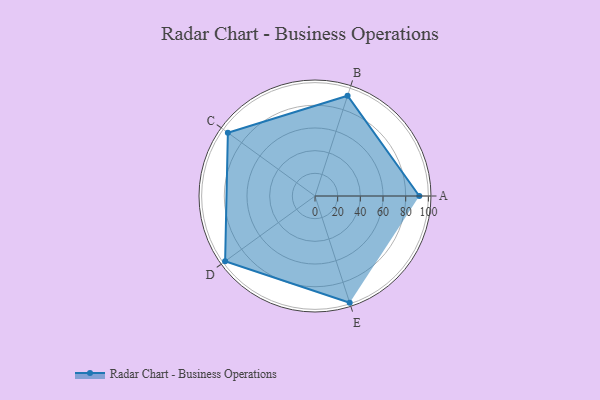
{"axis": {"x": "Skill", "y": "Score"}, "legend": ["Profile"], "data": [{"x": "A", "y": 92.0, "type": "Profile"}, {"x": "B", "y": 93.0, "type": "Profile"}, {"x": "C", "y": 95.0, "type": "Profile"}, {"x": "D", "y": 98.0, "type": "Profile"}, {"x": "E", "y": 99, "type": "Profile"}]}